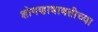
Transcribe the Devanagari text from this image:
शोषणाबाबतीच्या